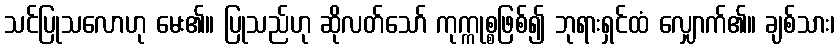
သင်ပြုသလောဟု မေး၏။ ပြုသည်ဟု ဆိုလတ်သော် ကုက္ကုစ္စဖြစ်၍ ဘုရားရှင်ထံ လျှောက်၏။ ချစ်သား၊